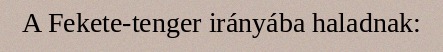
A Fekete-tenger irányába haladnak: